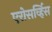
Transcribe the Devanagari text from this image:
एरोसर्व्हिस